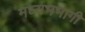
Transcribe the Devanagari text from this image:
मध्यभभागी